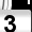
Digit: 3